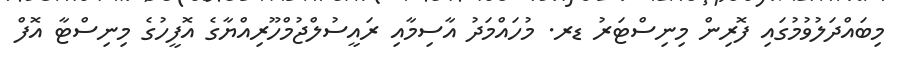
މިބައްދަލުވުމުގައި ފޮރިން މިނިސްޓަރު ޑރ. މުހައްމަދު އާސިމާއި ރައީސުލްޖުމްހޫރިއްޔާގެ އޮފީހުގެ މިނިސްޓާ އޮފް